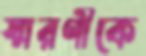
স্মরণীকে